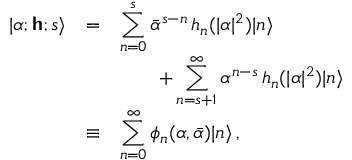
\begin{array} { l l l } { | \alpha ; \boldsymbol { \mathsf { h } } ; s \rangle } & { = } & { \displaystyle \sum _ { n = 0 } ^ { s } { \bar { \alpha } } ^ { s - n } \, h _ { n } ( \vert \alpha \vert ^ { 2 } ) | n \rangle } \\ & & { \qquad \displaystyle + \sum _ { n = s + 1 } ^ { \infty } \alpha ^ { n - s } \, h _ { n } ( \vert \alpha \vert ^ { 2 } ) | n \rangle } \\ { \displaystyle } & { \equiv } & { \displaystyle \sum _ { n = 0 } ^ { \infty } \phi _ { n } ( \alpha , \bar { \alpha } ) | n \rangle \, , } \end{array}